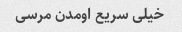
خیلی سریع اومدن مرسی